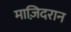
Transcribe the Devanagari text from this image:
माज़िदरान